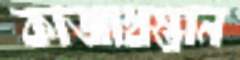
কাজাখস্তান